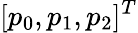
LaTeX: [p_{0},p_{1},p_{2}]^{T}